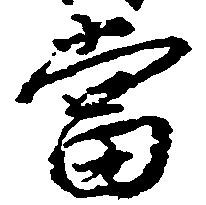
当